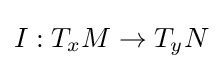
I:T_{x}M\rightarrow T_{y}N